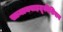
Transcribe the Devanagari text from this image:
सामानवाहतूकीशिवाय